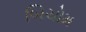
બિચોમ